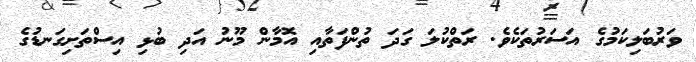
ވަރުބަލިކަމުގެ އަސަރުތަކެވެ. ރަތްކުލަ ގަދަ ތުންފަތާއި އޮމާން މޫނު އަދި ބުޅި އިސްތަށިގަނޑުގެ